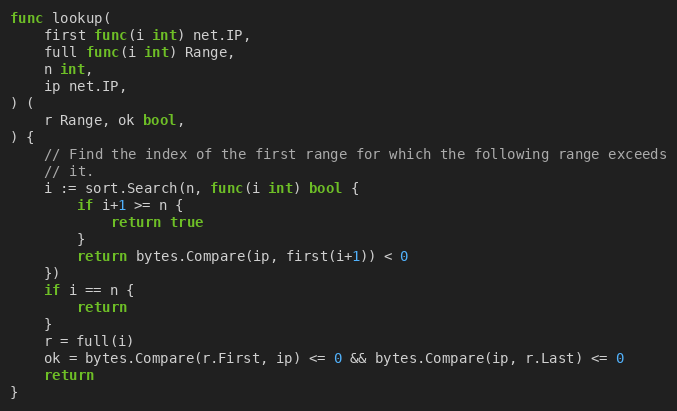
Language: Go
func lookup(
	first func(i int) net.IP,
	full func(i int) Range,
	n int,
	ip net.IP,
) (
	r Range, ok bool,
) {
	// Find the index of the first range for which the following range exceeds
	// it.
	i := sort.Search(n, func(i int) bool {
		if i+1 >= n {
			return true
		}
		return bytes.Compare(ip, first(i+1)) < 0
	})
	if i == n {
		return
	}
	r = full(i)
	ok = bytes.Compare(r.First, ip) <= 0 && bytes.Compare(ip, r.Last) <= 0
	return
}